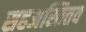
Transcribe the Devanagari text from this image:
सहअस्तितव